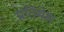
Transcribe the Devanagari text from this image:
प्रतिमेस